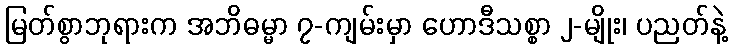
မြတ်စွာဘုရားက အဘိဓမ္မာ ၇-ကျမ်းမှာ ဟောဒီသစ္စာ ၂-မျိုး၊ ပညတ်နဲ့